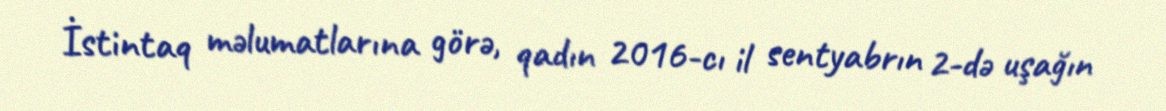
İstintaq məlumatlarına görə, qadın 2016-cı il sentyabrın 2-də uşağın